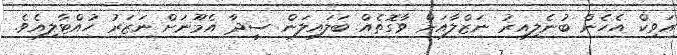
އަވިކް އެހެން ބުނެލިއިރު ނަޒްލާއަށް ވާގޮތެއް ބަލައިލަން ސީދާ އެމޫނަށް ނަޒަރު ހުއްޓާލިއެވެ.